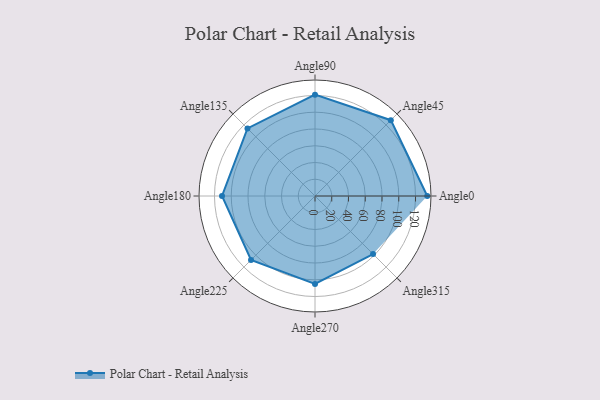
{"axis": {"x": "Angle", "y": "Radius"}, "legend": [""], "data": [{"x": "Angle0", "y": 134.0, "type": ""}, {"x": "Angle45", "y": 128.0, "type": ""}, {"x": "Angle90", "y": 121.0, "type": ""}, {"x": "Angle135", "y": 114.0, "type": ""}, {"x": "Angle180", "y": 111.0, "type": ""}, {"x": "Angle225", "y": 108.0, "type": ""}, {"x": "Angle270", "y": 105.0, "type": ""}, {"x": "Angle315", "y": 98.0, "type": ""}]}